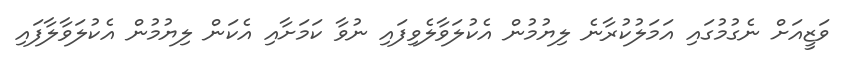
ވަޒީއަށް ނެގުމުގައި އަމަލުކުރާނެ ލިޔުމުން އެކުލަވާލެވިފައި ނުވާ ކަމަށާއި އެކަން ލިޔުމުން އެކުލަވާލާފައި